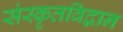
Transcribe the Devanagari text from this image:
संस्कृतविद्वान